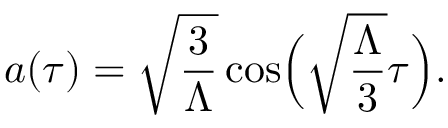
a ( \tau ) = \sqrt { \frac { 3 } { \Lambda } } \cos \Bigl ( \sqrt { \frac { \Lambda } { 3 } } \tau \Bigr ) .